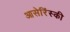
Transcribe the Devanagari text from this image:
आसेरिंस्की